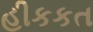
હીકકત